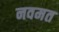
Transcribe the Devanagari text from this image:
नवमत